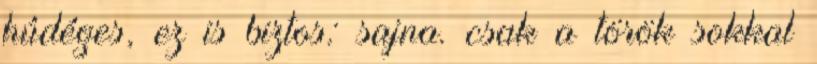
húdéges, ez is biztos: sajna. csak a török sokkal